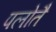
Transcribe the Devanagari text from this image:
पलोतै